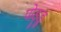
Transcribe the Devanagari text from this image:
पोड़ुडु